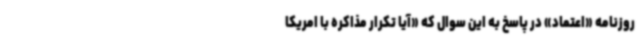
روزنامه «اعتماد» در پاسخ به این سوال که «آیا تکرار مذاکره با امریکا